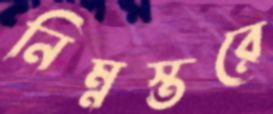
নিম্নস্তরে